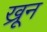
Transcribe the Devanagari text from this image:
ख्रून